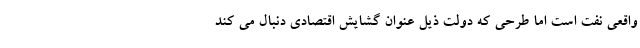
واقعی نفت است اما طرحی که دولت ذیل عنوان گشایش اقتصادی دنبال می کند